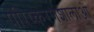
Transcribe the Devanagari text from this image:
परिष्करणशालाओं